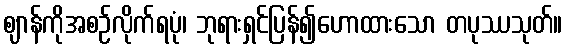
ဈာန်ကိုအစဉ်လိုက်ရပုံ၊ ဘုရားရှင်ပြန်၍ဟောထားသော တပုဿသုတ်။